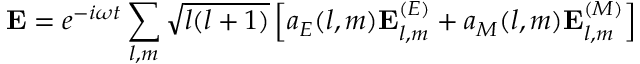
\mathbf { E } = e ^ { - i \omega t } \sum _ { l , m } { \sqrt { l ( l + 1 ) } } \left[ a _ { E } ( l , m ) \mathbf { E } _ { l , m } ^ { ( E ) } + a _ { M } ( l , m ) \mathbf { E } _ { l , m } ^ { ( M ) } \right]